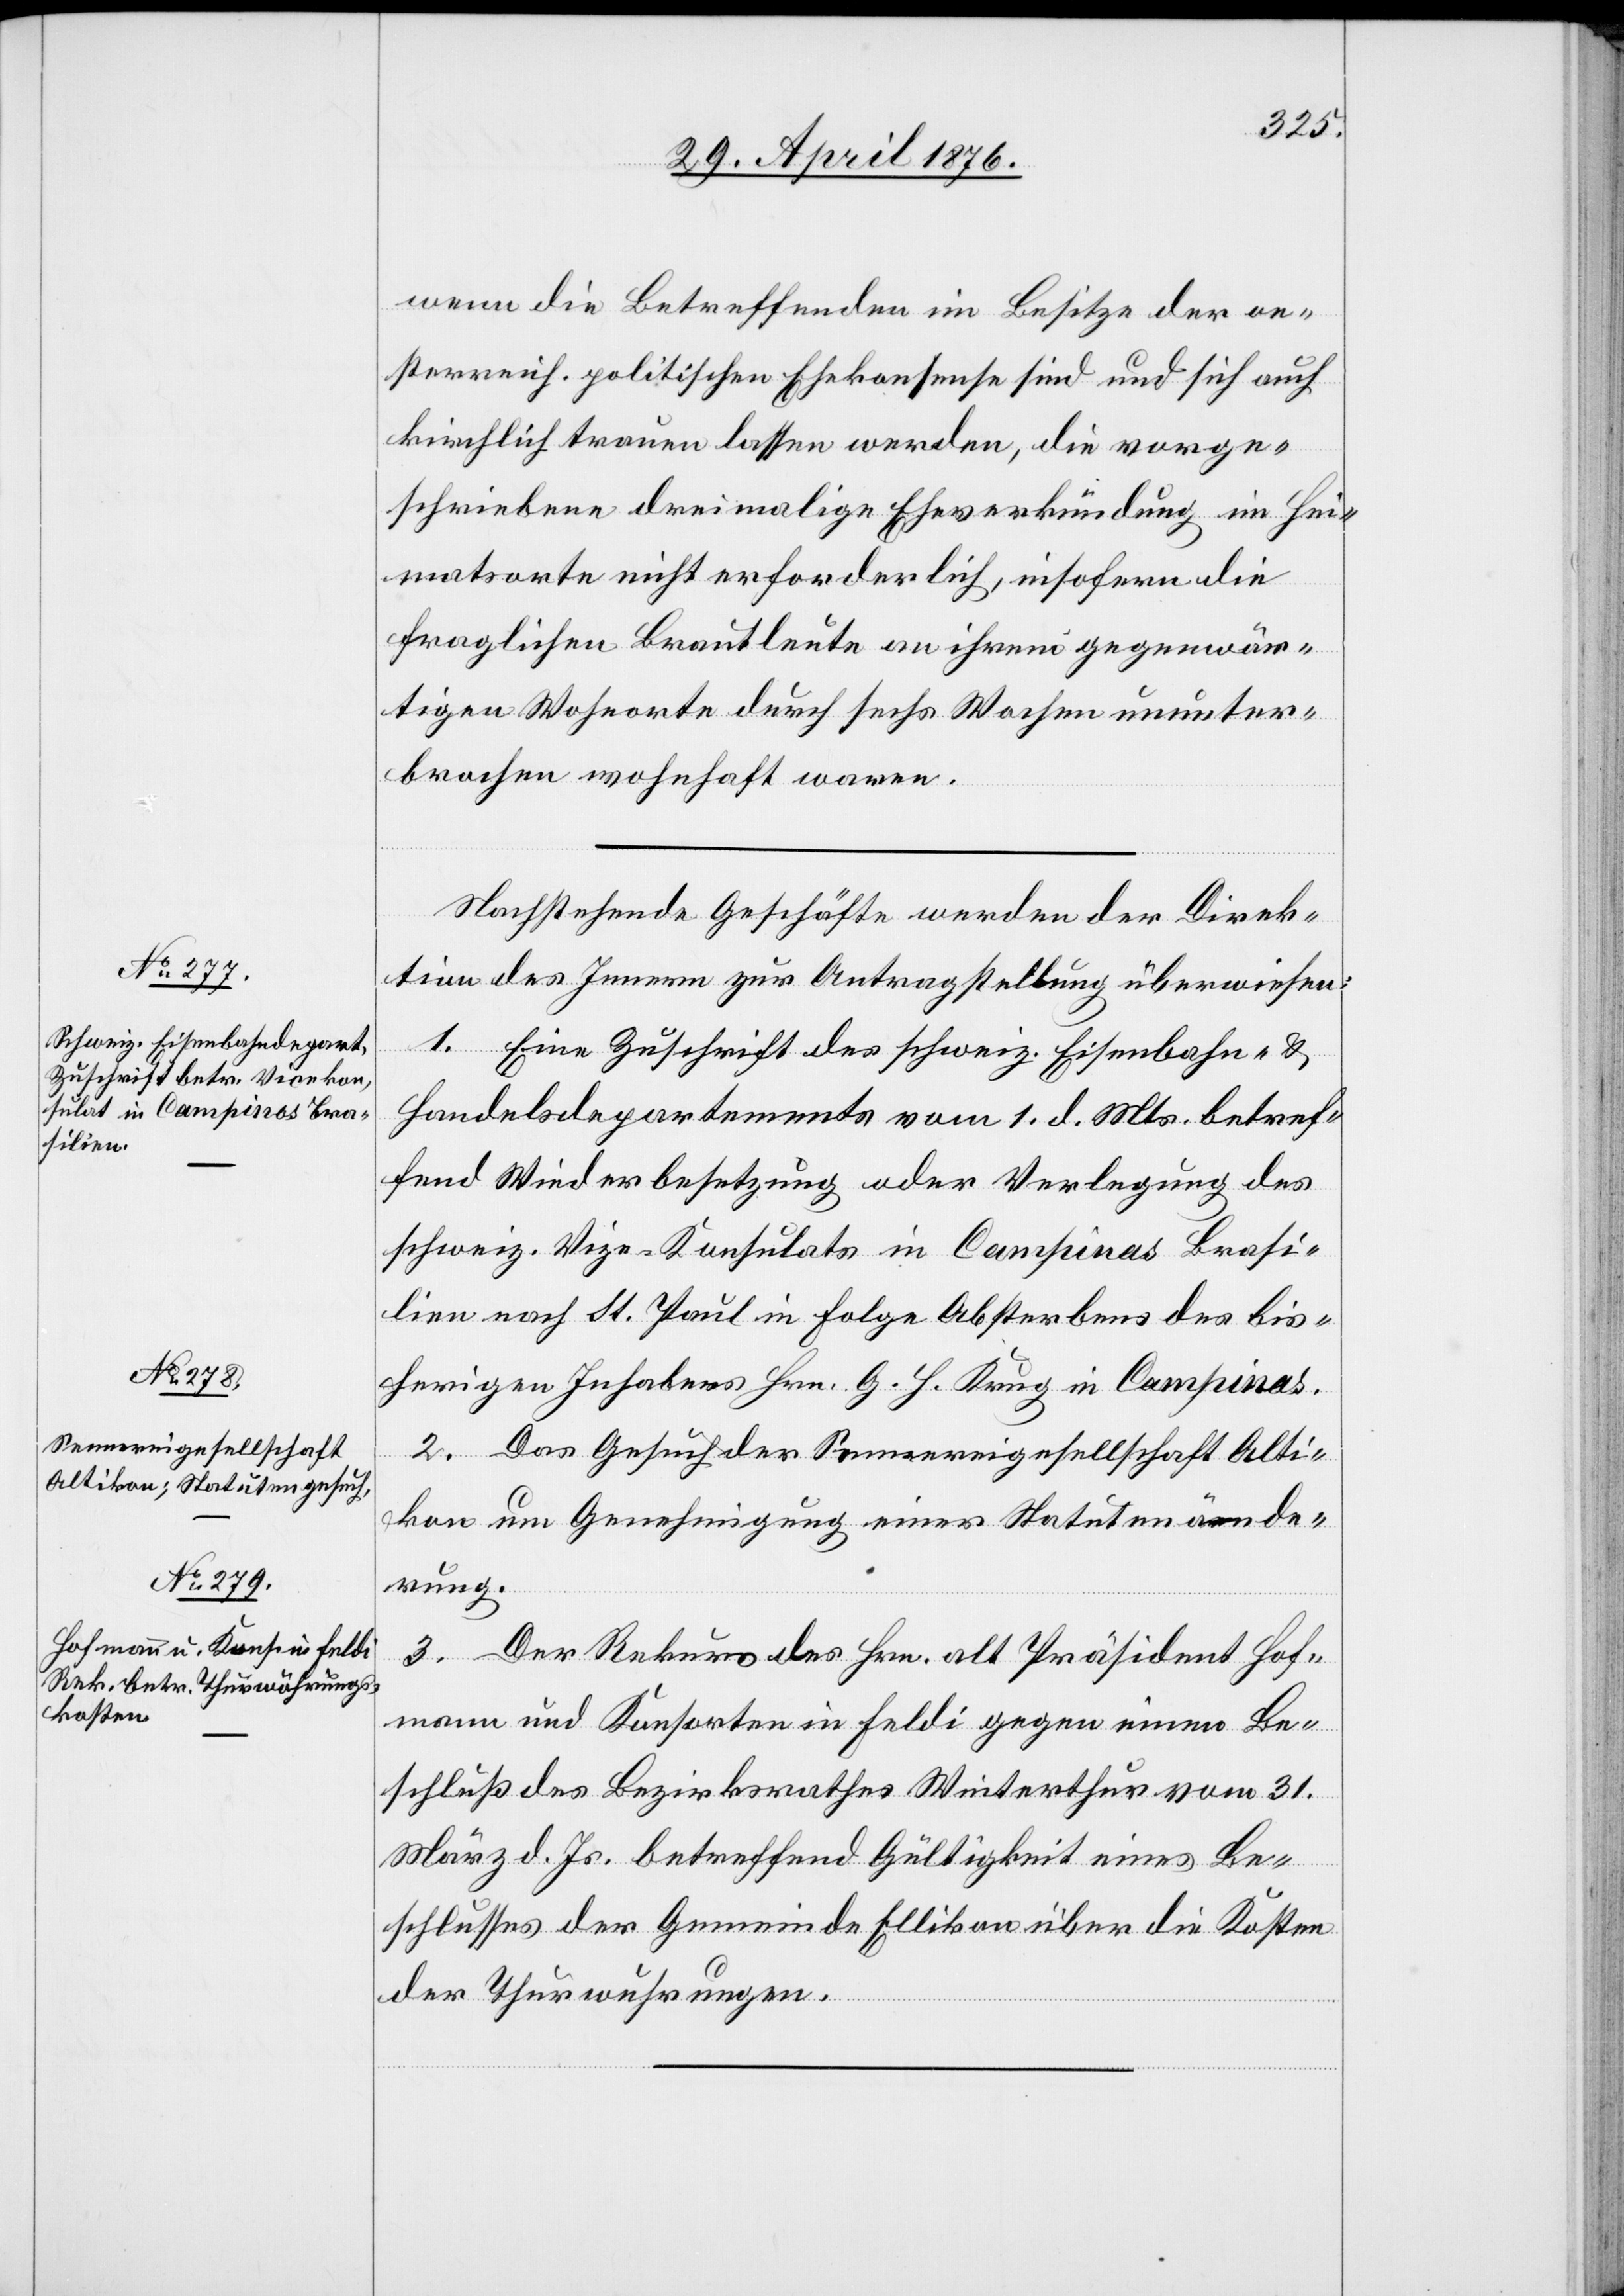
wenn die Betreffenden im Besitze der oe¬
sterreich. politischen Ehekonsense sind und sich auch
kirchlich trauen lassen werden, die vorge¬
schriebene dreimalige Eheverkündung im Hei¬
matsorte nicht erforderlich, insofern die
fraglichen Brautleute an ihrem gegenwär¬
tigen Wohnorte durch sechs Wochen ununter¬
brochen wohnhaft waren.
Nachstehende Geschäfte werden der Direk¬
tion des Innern zur Antragstellung überwiesen:
1. Eine Zuschrift des schweiz. Eisenbahn- &
Handelsdepartements vom 1. d. Mts. betref¬
fend Wiederbesetzung oder Verlegung des
schweiz. Vize-Konsulats in Campinos Brasi¬
lien nach St. Paul in Folge Absterbens des bis¬
herigen Inhabers Hrn. G. H. Krug in Campinos.
2. Das Gesuch der Sennereigesellschaft Alti¬
kon um Genehmigung einer Statutenände¬
rung.
3. Der Rekurs des Hrn. alt Präsident Hof¬
mann und Konsorten in Feldi gegen einen Be¬
schluß des Bezirksrathes Winterthur vom 31.
März d. Js. betreffend Gültigkeit eines Be¬
schlusses der Gemeinde Ellikon über die Kosten
der Thurwuhrungen.